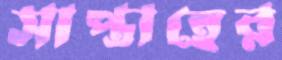
সাপ্তাহের